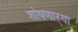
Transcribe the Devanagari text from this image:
शोषणाऱ्या